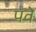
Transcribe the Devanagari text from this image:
पवे